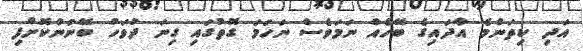
އަދި ކިތަންމެ އާދައިގެ ބޭހެއް ނަމަވެސް ނަހަމަ ގޮތުގައި ގިނަ ދުވަހު ބޭނުންކޮށްފި